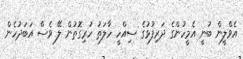
އެވްލީން ބުނީ އެމީހުންގެ ދަރިފުޅުގެ ސިއްހީ ހާލަތު ހުރިގޮތުން ލޭ ވެސް އަބަދުހެން